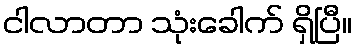
ငါလာတာ သုံးခေါက် ရှိပြီ။